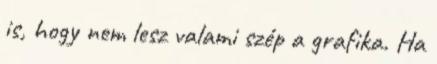
is, hogy nem lesz valami szép a grafika. Ha